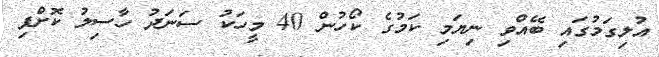
އުލިގަމުގައި ބޭއްވި ނިޔަމި ކަމުގެ ކޯހުން 40 މީހަކު ސަނަދު ހާސިލު ކޮށްފި